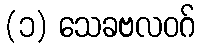
(၁) သေခဗလဝဂ်